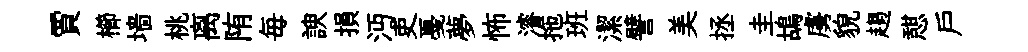
賈櫛墙桃离陏毎諛損沔吏戞夢怖濬拖班潔譬美拯圭鴣虜貌趨憇户